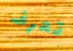
تعرف